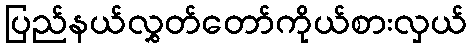
ပြည်နယ်လွှတ်တော်ကိုယ်စားလှယ်